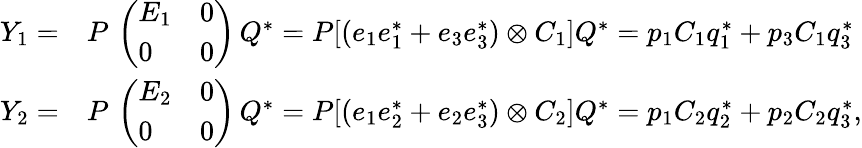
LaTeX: \begin{array}{rl}{Y_{1}=}&{P\, \left(\begin{array}{ll}{E_{1}}&{0}\\ {0}&{0}\end{array}\right)\, Q^{*}=P[(e_{1}e_{1}^{*}+e_{3}e_{3}^{*})\otimes C_{1}]Q^{*}=p_{1}C_{1}q_{1}^{*}+p_{3}C_{1}q_{3}^{*}}\\ {Y_{2}=}&{P\, \left(\begin{array}{ll}{E_{2}}&{0}\\ {0}&{0}\end{array}\right)\, Q^{*}=P[(e_{1}e_{2}^{*}+e_{2}e_{3}^{*})\otimes C_{2}]Q^{*}=p_{1}C_{2}q_{2}^{*}+p_{2}C_{2}q_{3}^{*},}\end{array}